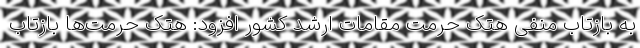
به بازتاب منفی هتک حرمت مقامات ارشد کشور افزود: هتک حرمت‌ها بازتاب